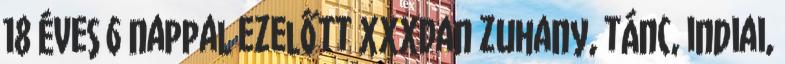
18 éves 6 nappal ezelőtt XXXDan zuhany, tánc, indiai,